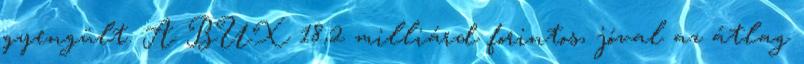
gyengült. A BUX 18,2 milliárd forintos, jóval az átlag